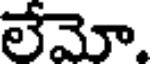
లేమో.